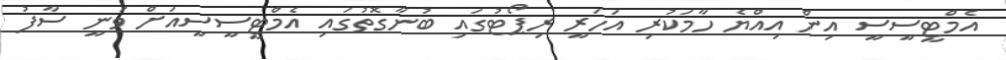
އެމްޓީސީސީ އިން އިއްޔެ ހާމަކުރި އަހަރީ ރިޕޯޓުގައި ބުނާގޮތުގައި އެމްޓީސީސީއަށް ވަނީ ސާފު